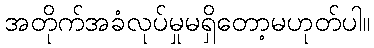
အတိုက်အခံလုပ်မှုမရှိတော့မဟုတ်ပါ။